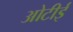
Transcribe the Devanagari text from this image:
ओटीई